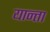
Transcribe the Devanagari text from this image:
यान्ता